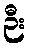
ဉီး